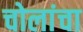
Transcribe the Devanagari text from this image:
चोलांचा